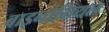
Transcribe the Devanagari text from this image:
बाइनोमियल